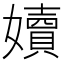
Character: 嬻